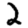
Digit: 2